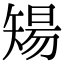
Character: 𥏫